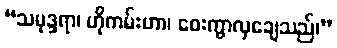
“သမုဒ္ဒရာ၊ ဟိုကမ်းဟာ၊ ဝေးကွာလှချေသည်၊”